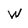
Character: w